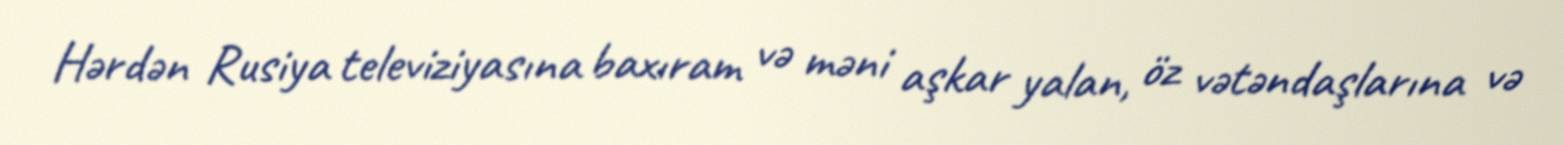
Hərdən Rusiya televiziyasına baxıram və məni aşkar yalan, öz vətəndaşlarına və